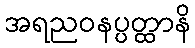
အရညဝနပ္ပတ္ထာနိ